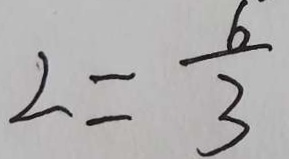
2 = \frac { 6 } { 3 }